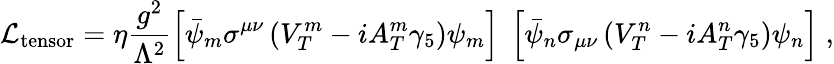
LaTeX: {\cal L}_{\mathrm{tensor}}=\eta\frac{g^{2}}{\Lambda^{2}}\left[\bar{\psi}_{m}\sigma^{\mu\nu}\left(V_{T}^{m}-iA_{T}^{m}\gamma_{5}\right)\psi_{m}\right]\; \left[\bar{\psi}_{n}\sigma_{\mu\nu}\left(V_{T}^{n}-iA_{T}^{n}\gamma_{5}\right)\psi_{n}\right]\; ,